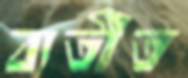
ব্যতীত